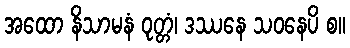
အထော နိသာမနံ ဝုတ္တံ၊ ဒဿနေ သဝနေပိ စ။